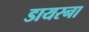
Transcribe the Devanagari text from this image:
डायरना